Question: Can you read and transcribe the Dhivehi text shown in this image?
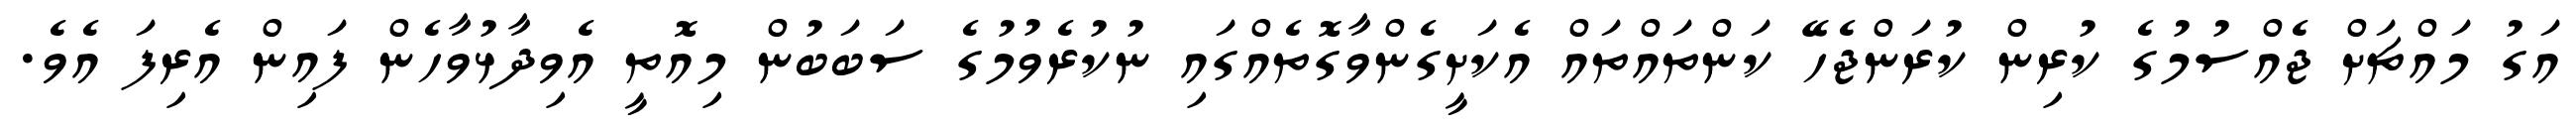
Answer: އަގު މައްޗަށް ޖެއްސުމުގެ ކުރިން ކުރަންޖެހޭ ކަންތައްތައް އެކަށީގެންވާގޮތެއްގައި ނުކުރެވުމުގެ ސަބަބުން މިއޮތީ އެވިދާޅުވާހެން ފައިން އެރިފަ އެވެ.